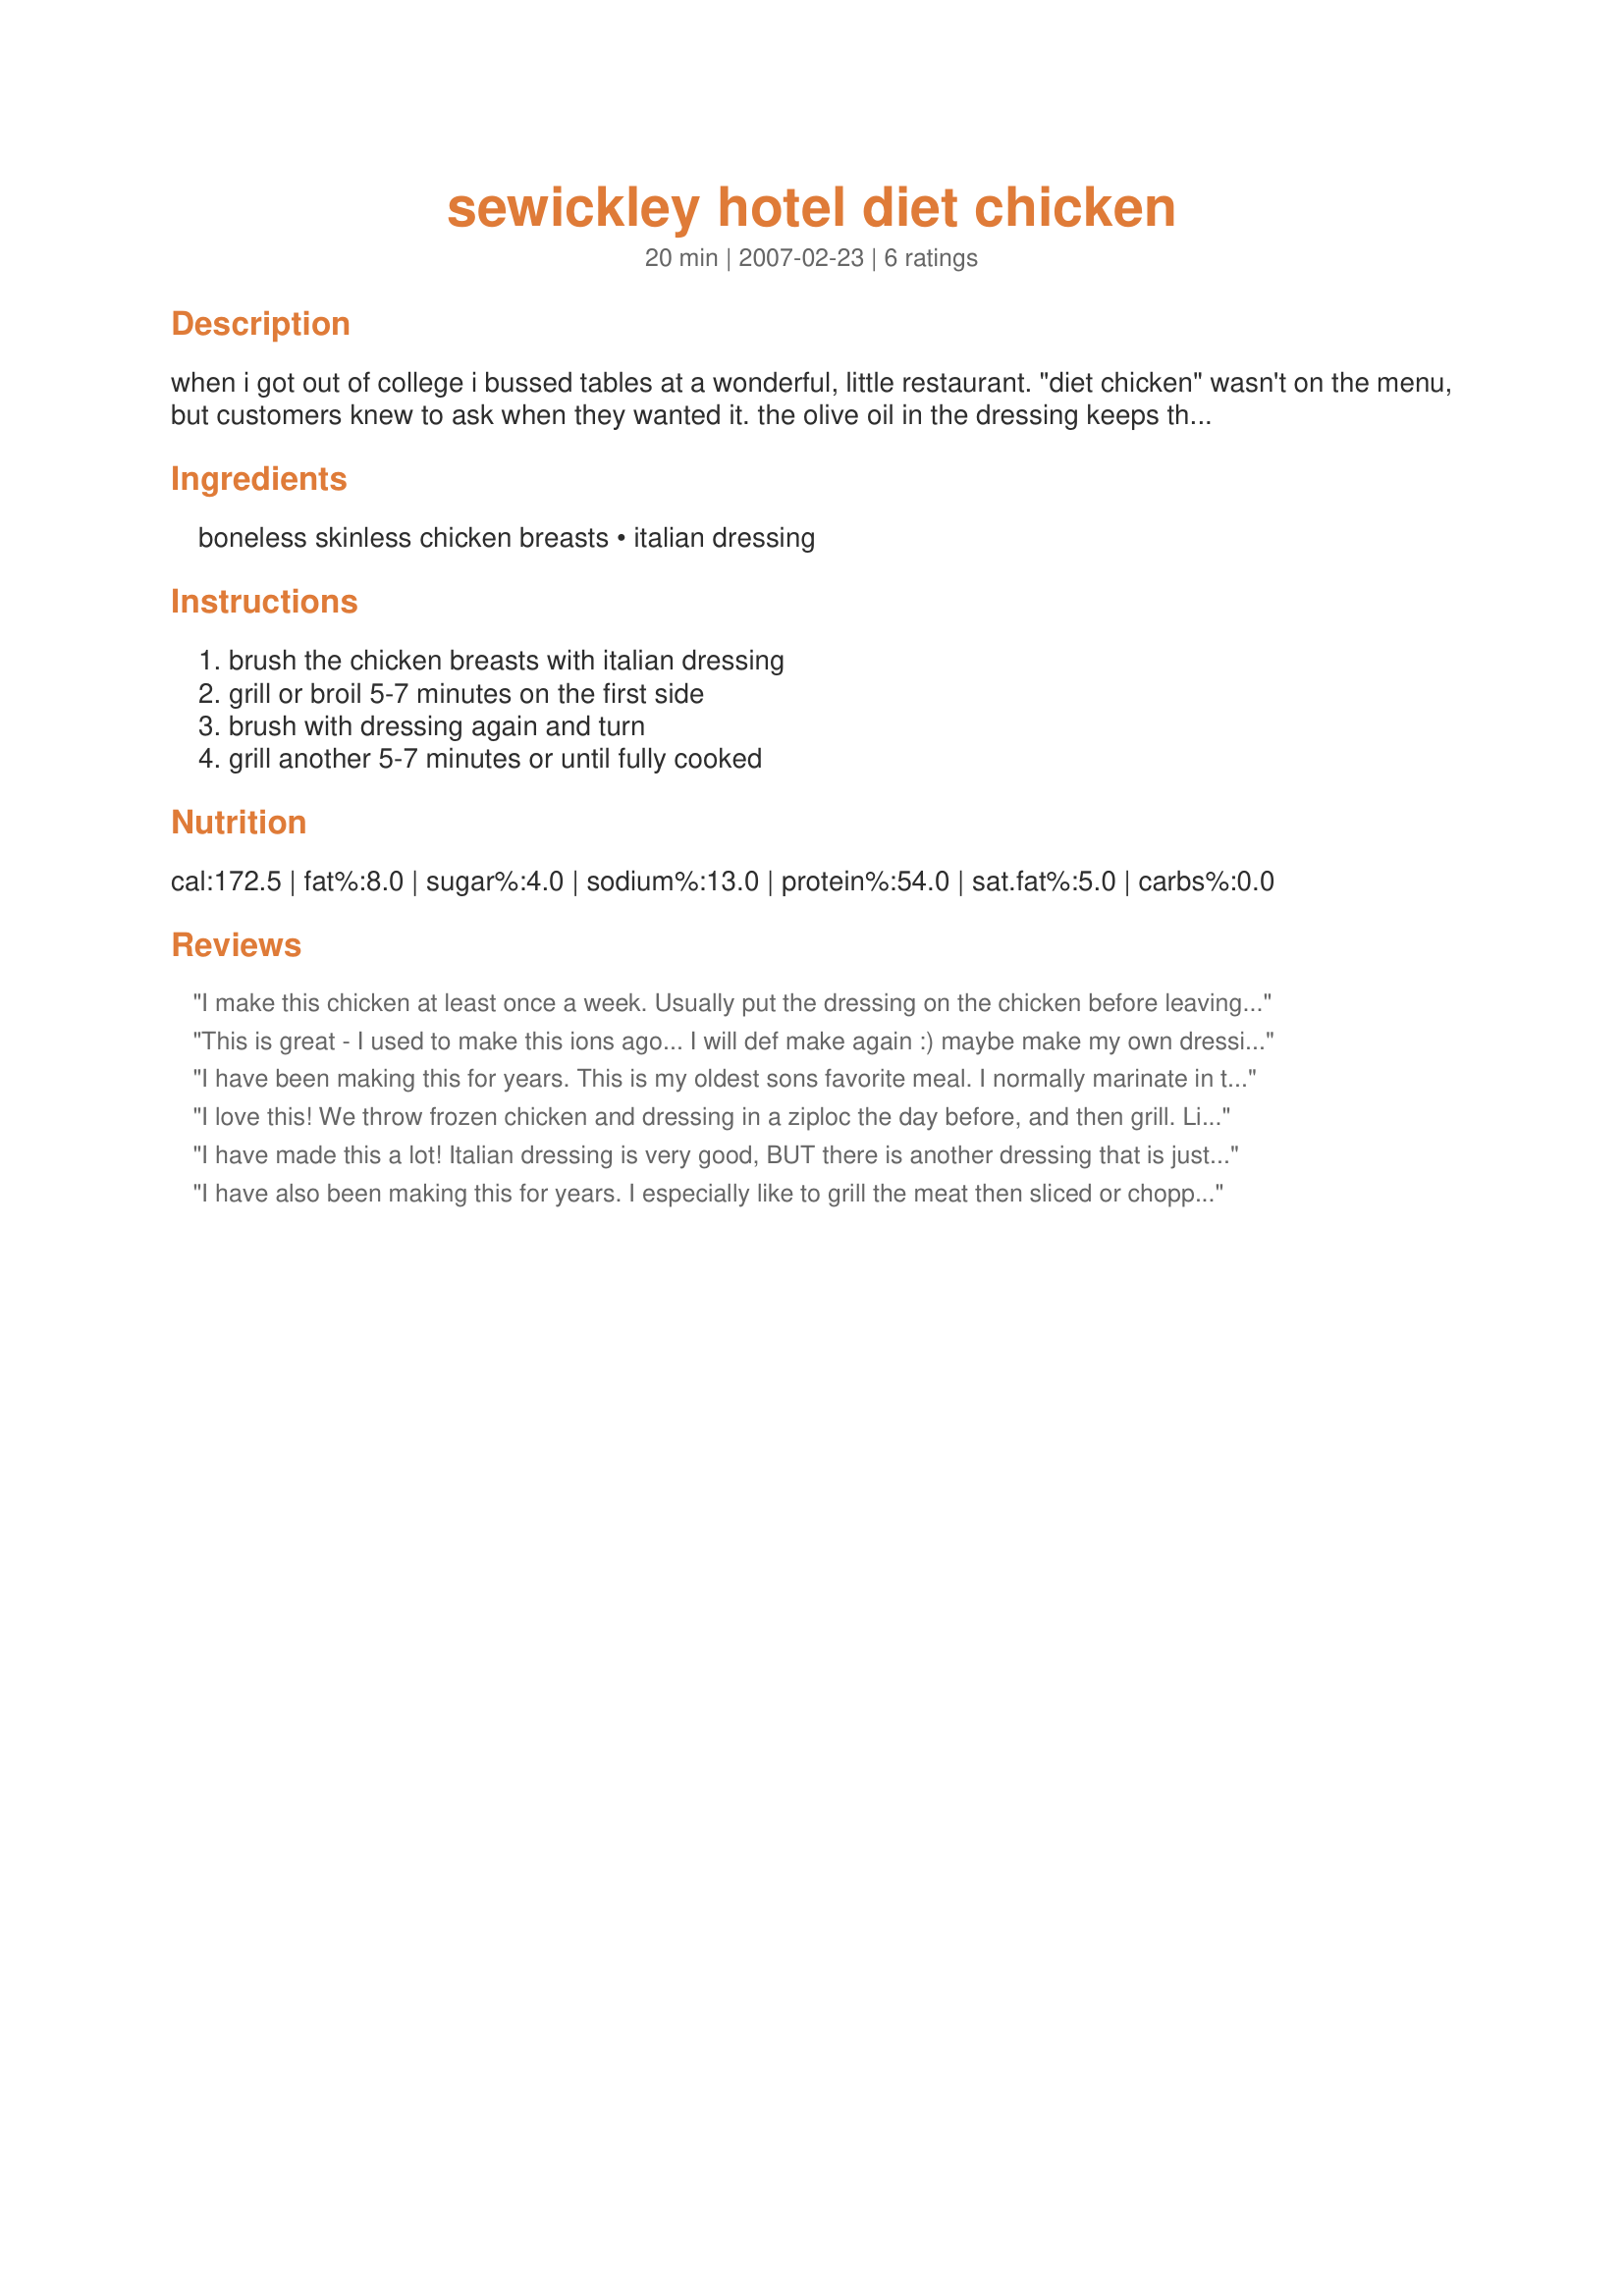
sewickley hotel diet chicken
Preparation time: 20 minutes

when i got out of college i bussed tables at a wonderful, little restaurant. "diet chicken" wasn't on the menu, but customers knew to ask when they wanted it. the olive oil in the dressing keeps these simple, grilled chicken breasts moist. its absurdly simple and completely delicious. eat as is or cut in strips to top a salad or fill a wrap.

Ingredients:
boneless skinless chicken breasts, italian dressing

Steps:
brush the chicken breasts with italian dressing, grill or broil 5-7 minutes on the first side, brush with dressing again and turn, grill another 5-7 minutes or until fully cooked

Reviews:
I make this chicken at least once a week. Usually put the dressing on the chicken before leaving for work and grill that afternoon. Works well for camping too.
This is great - I used to make this ions ago... I will def make again :) maybe make my own dressing this time around - Thanks for sharing!
I have been making this for years. This is my oldest sons favorite meal. I normally marinate in the dressing overnight and then grill. Love it.
I love this! We throw frozen chicken and dressing in a ziploc the day before, and then grill. Like the other reviewer said, leftovers are great! I like them in chicken salad with a little peppered season-all.
I have made this a lot! Italian dressing is very good, BUT there is another dressing that is just like Italian dressing, but it is healthier. You won't know the difference! Cheesy fantastico tastes very similar and is WONDERFUL. I love Italian dressing and this other dressing tastes just the same to me!
I have also been making this for years. I especially like to grill the meat then sliced or chopped to top a green salad. Thank you for posting this recipe!
